Sanitation, dispensaries and jails vaccination Rajputana 1922-1927 - 1922-1927
Year: 1922
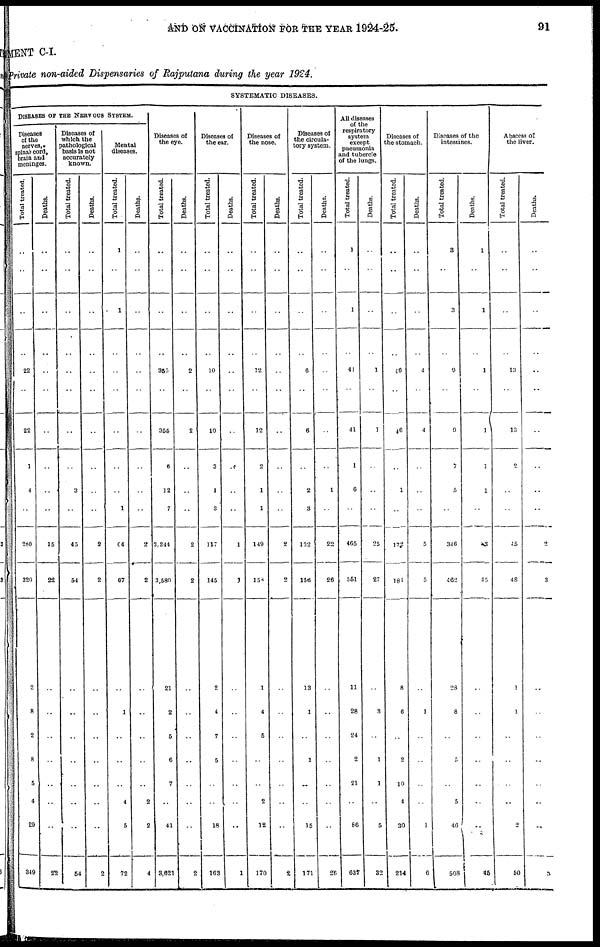
AND ON VACCINATION FOR THE YEAR 1924-25.
91
MENT C-I.
Private non-aided Dispensaries of Rajputana during the year 1924.
SYSTEMATIC DISEASES.
DISEASES OF THE NERVOUS SYSTEM.
Diseases
of the
nerves,
spinal cord,
brain and
meninges.
Total treated.
..
..
..
22
..
22
1
4
..
280
320
..
2
8
2
8
5
4
29
349
Deaths.
..
..
..
..
..
..
..
..
..
25
22
..
..
..
..
..
..
..
..
22
Diseases of
which the
pathological
basis is not
accurately
known.
Total treated.
..
..
..
..
..
..
..
3
..
45
54
..
..
..
..
..
..
..
..
54
Deaths.
..
..
..
..
..
..
..
..
..
2
2
..
..
..
..
..
..
..
..
2
Mental
diseases.
Total treated.
1
1
..
..
..
..
..
..
1
64
67
..
..
1
..
..
..
4
5
72
Deaths.
..
..
..
..
..
..
..
..
..
2
2
..
..
..
..
..
..
2
2
4
Diseases of
the eye.
Total treated.
..
..
..
355
..
355
6
12
7
3,344
3,580
..
21
2
5
6
7
..
41
3,621
Deaths.
..
..
..
2
..
2
..
..
..
2
2
..
..
..
..
..
..
..
..
2
Diseases of
the ear.
Total treated.
..
..
..
10
..
10
3
1
3
117
145
..
2
4
7
5
..
..
18
163
Deaths.
..
..
..
..
..
..
..
..
..
1
1
..
..
..
..
..
..
..
..
1
Diseases of
the nose.
Total treated.
..
..
..
12
..
12
2
1
1
149
158
..
1
4
5
..
..
2
12
170
Deaths.
..
..
..
..
..
..
..
..
..
2
2
..
..
..
..
..
..
..
..
2
Diseases of
the circula-
tory system.
Total treated.
..
..
..
6
..
6
..
2
3
132
156
..
13
1
..
1
..
..
15
171
Deaths.
..
..
..
..
..
..
..
1
..
22
26
..
..
..
..
..
..
..
..
26
All diseases
of the
respiratory
system
except
pneumonia
and tubercle
of the lungs.
Total treated.
1
1
..
41
..
41
1
6
..
465
551
..
11
28
24
2
21
..
86
637
Deaths.
..
..
..
1
..
1
..
..
..
25
27
..
..
3
..
1
1
..
5
32
Diseases of
the stomach.
Total treated.
..
..
..
46
..
46
..
1
..
172
181
..
8
6
..
2
10
4
30
214
Deaths.
..
..
..
4
..
4
..
..
..
5
5
..
..
1
..
..
..
..
1
6
Diseases of the
intestines.
Total treated.
3
3
..
9
..
9
7
5
..
346
462
..
28
8
..
5
..
5
46
508
Deaths.
1
1
..
1
..
1
1
1
..
3
45
..
..
..
..
..
..
..
..
45
Abscess of
the liver.
Total treated.
..
..
..
13
..
13
2
..
..
45
48
..
1
1
..
..
..
..
2
50
Deaths.
..
..
..
..
..
..
..
..
..
2
3
..
..
..
..
..
..
..
..
3